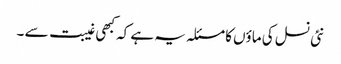
نئی نسل کی ماؤں کا مسئلہ یہ ہے کہ کبھی غیبت سے ۔